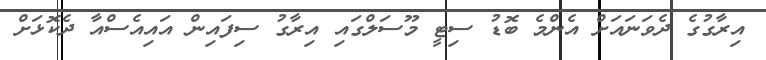
އިރާގުގެ ދެވަނައަށް އެންމެ ބޮޑު ސިޓީ މޫސަލްގައި އިރާގު ސިފައިން އައިއެސްއާ ދެކޮޅަށް